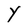
Character: Y